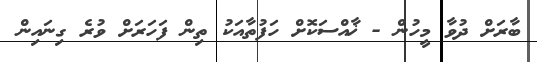
ބާރަށް ދުވާ މީހުން - ޚާއްސަކޮށް ހަފުތާއަކު ތިން ފަހަރަށް ވުރެ ގިނައިން